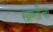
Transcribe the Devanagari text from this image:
साम्तीचा